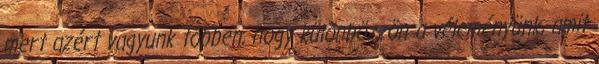
mert azért vagyunk többen, hogy különbözzön a véleményünk, amit